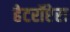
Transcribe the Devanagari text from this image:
हेटरॉप्टेरा